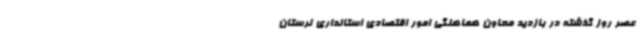
عصر روز گذشته در بازدید معاون هماهنگی امور اقتصادی استانداری لرستان